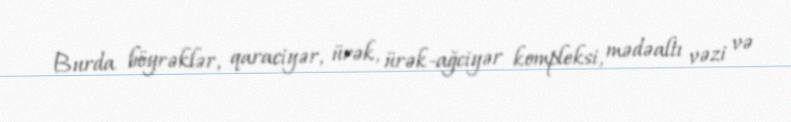
Burda böyrəklər, qaraciyər, ürək, ürək-ağciyər kompleksi, mədəaltı vəzi və